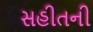
સહીતની